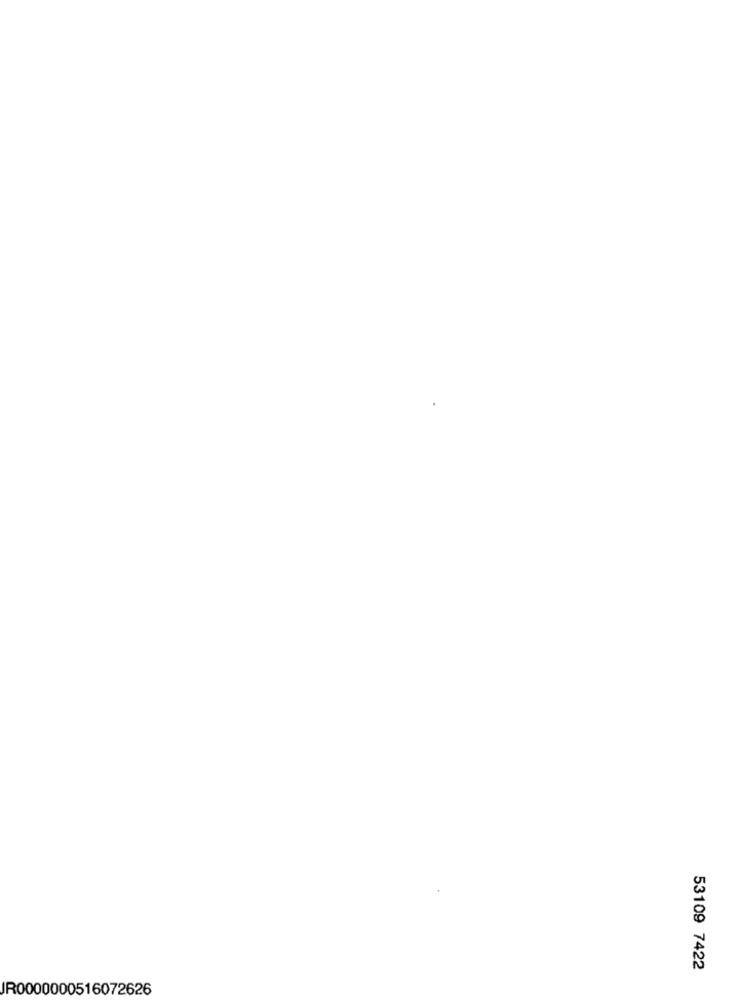
53109 7422
JR0000000516072626